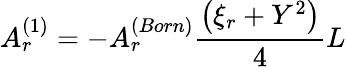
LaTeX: A_{r}^{(1)}=-A_{r}^{(Born)}\frac{\big(\xi_{r}+Y^{2}\big)}{4}L